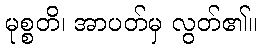
မုစ္စတိ၊ အာပတ်မှ လွတ်၏။